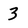
Character: 3